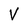
Character: V